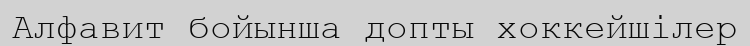
Алфавит бойынша допты хоккейшілер